Vaccine operations Central Provinces 1868-1885 - 1868-1885
Year: 1868
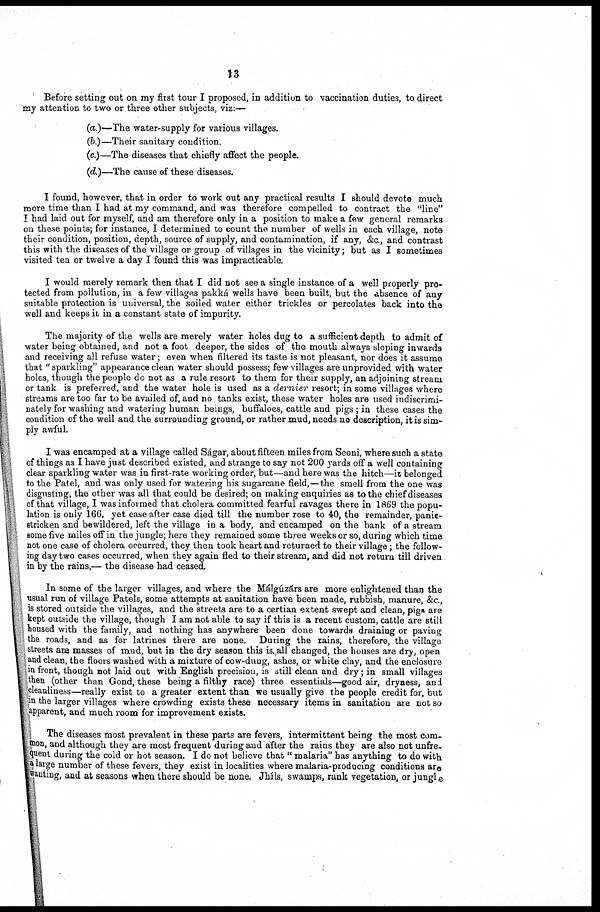
13
Before setting out on my first tour I proposed, in addition to vaccination duties, to direct
my attention to two or three other subjects, viz:—
(a.)—The water-supply for various villages.
(b.)—Their sanitary condition.
(c.)—The diseases that chiefly affect the people.
(d.)—The cause of these diseases.
I found, however, that in order to work out any practical results I should devote much
more time than I had at my command, and was therefore compelled to contract the "line"
I had laid out for myself, and am therefore only in a position to make a few general remarks
on these points; for instance, I determined to count the number of wells in each village, note
their condition, position, depth, source of supply, and contamination, if any, &c., and contrast
this with the diseases of the village or group of villages in the vicinity; but as I sometimes
visited ten or twelve a day I found this was impracticable.
I would merely remark then that I did not see a single instance of a well properly pro-
tected from pollution, in a few villages pakká wells have been built, but the absence of any
suitable protection is universal, the soiled water either trickles or percolates back into the
well and keeps it in a constant state of impurity.
The majority of the wells are merely water holes dug to a sufficient depth to admit of
water being obtained, and not a foot deeper, the sides of the mouth always sloping inwards
and receiving all refuse water; even when filtered its taste is not pleasant, nor does it assume
that " sparkling" appearance clean water should possess; few villages are unprovided with water
holes, though the people do not as a rule resort to them for their supply, an adjoining stream
or tank is preferred, and the water hole is used as a dernier resort; in some villages where
streams are too far to be availed of, and no tanks exist, these water holes are used indiscrimi-
nately for washing and watering human beings, buffaloes, cattle and pigs; in these cases the
condition of the well and the surrounding ground, or rather mud, needs no description, it is sim-
ply awful.
I was encamped at a village called Ságar, about fifteen miles from Seoni, where such a state
of things as I have just described existed, and strange to say not 200 yards off a well containing
clear sparkling water was in first-rate working order, but—and here was the hitch—it belonged
to the Patel, and was only used for watering his sugarcane field,—the smell from the one was
disgusting, the other was all that could be desired; on making enquiries as to the chief diseases
of that village, I was informed that cholera committed fearful ravages there in 1869 the popu-
lation is only 166, yet case after case died till the number rose to 40, the remainder, panic-
stricken and bewildered, left the village in a body, and encamped on the bank of a stream
some five miles off in the jungle; here they remained some three weeks or so, during which time
not one case of cholera occurred, they then took heart and returned to their village; the follow-
ing day two cases occurred, when they again fled to their stream, and did not return till driven
in by the rains,— the disease had ceased.
In some of the larger villages, and where the Málgúzárs are more enlightened than the
usual run of village Patels, some attempts at sanitation have been made, rubbish, manure, &c.,
is stored outside the villages, and the streets are to a certian extent swept and clean, pigs are
kept outside the village, though I am not able to say if this is a recent custom, cattle are still
housed with the family, and nothing has anywhere been done towards draining or paving
the roads, and as for latrines there are none. During the rains, therefore, the village
streets are masses of mud, but in the dry season this is.,all changed, the houses are dry, open
and clean, the floors washed with a mixture of cow-dung, ashes, or white clay, and the enclosure
in front, though not laid out with English precision, is still clean and dry; in small villages
then (other than Gond, these being a filthy race) three essentials—good air, dryness, and
cleanliness—really exist to a greater extent than we usually give the people credit for, but
in the larger villages where crowding exists these necessary items in sanitation are not so
apparent, and much room for improvement exists.
The diseases most prevalent in these parts are fevers, intermittent being the most com-
mon, and although they are most frequent during and after the rains they are also not unfre.
quent during the cold or hot season. I do not believe that " malaria" has anything to do with
a large number of these fevers, they exist in localities where malaria-producing conditions are
wanting, and at seasons when there should be none. Jhíls, swamps, rank vegetation, or jungle